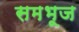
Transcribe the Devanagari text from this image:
समभूज